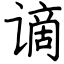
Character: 谪